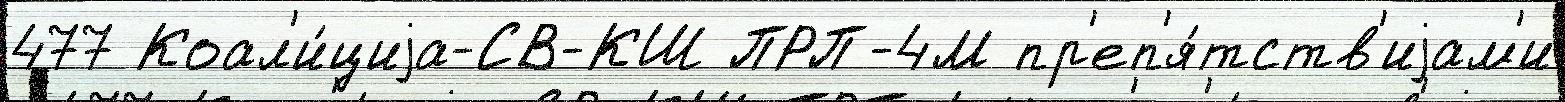
477 Коал'и́циjа-СВ-КШ ПРП-4М пр'еп'я́тств'иjам'и